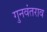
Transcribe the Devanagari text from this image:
गुनवंतराव